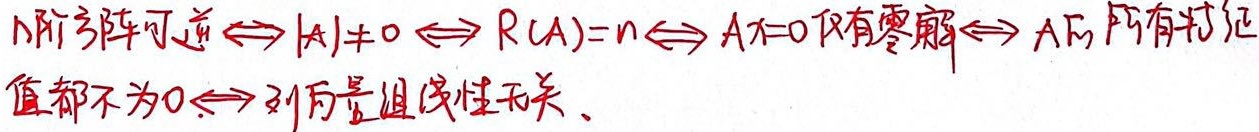
\(n\)阶方阵可逆\(\Leftrightarrow \vert A\vert\neq 0 \Leftrightarrow R(A)=n\Leftrightarrow Ax = 0\)仅有零解\(\Leftrightarrow A\)的所有特征值都不为\(0\Leftrightarrow\)列向量组线性无关。